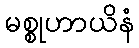
မစ္စုဟာယိနံ